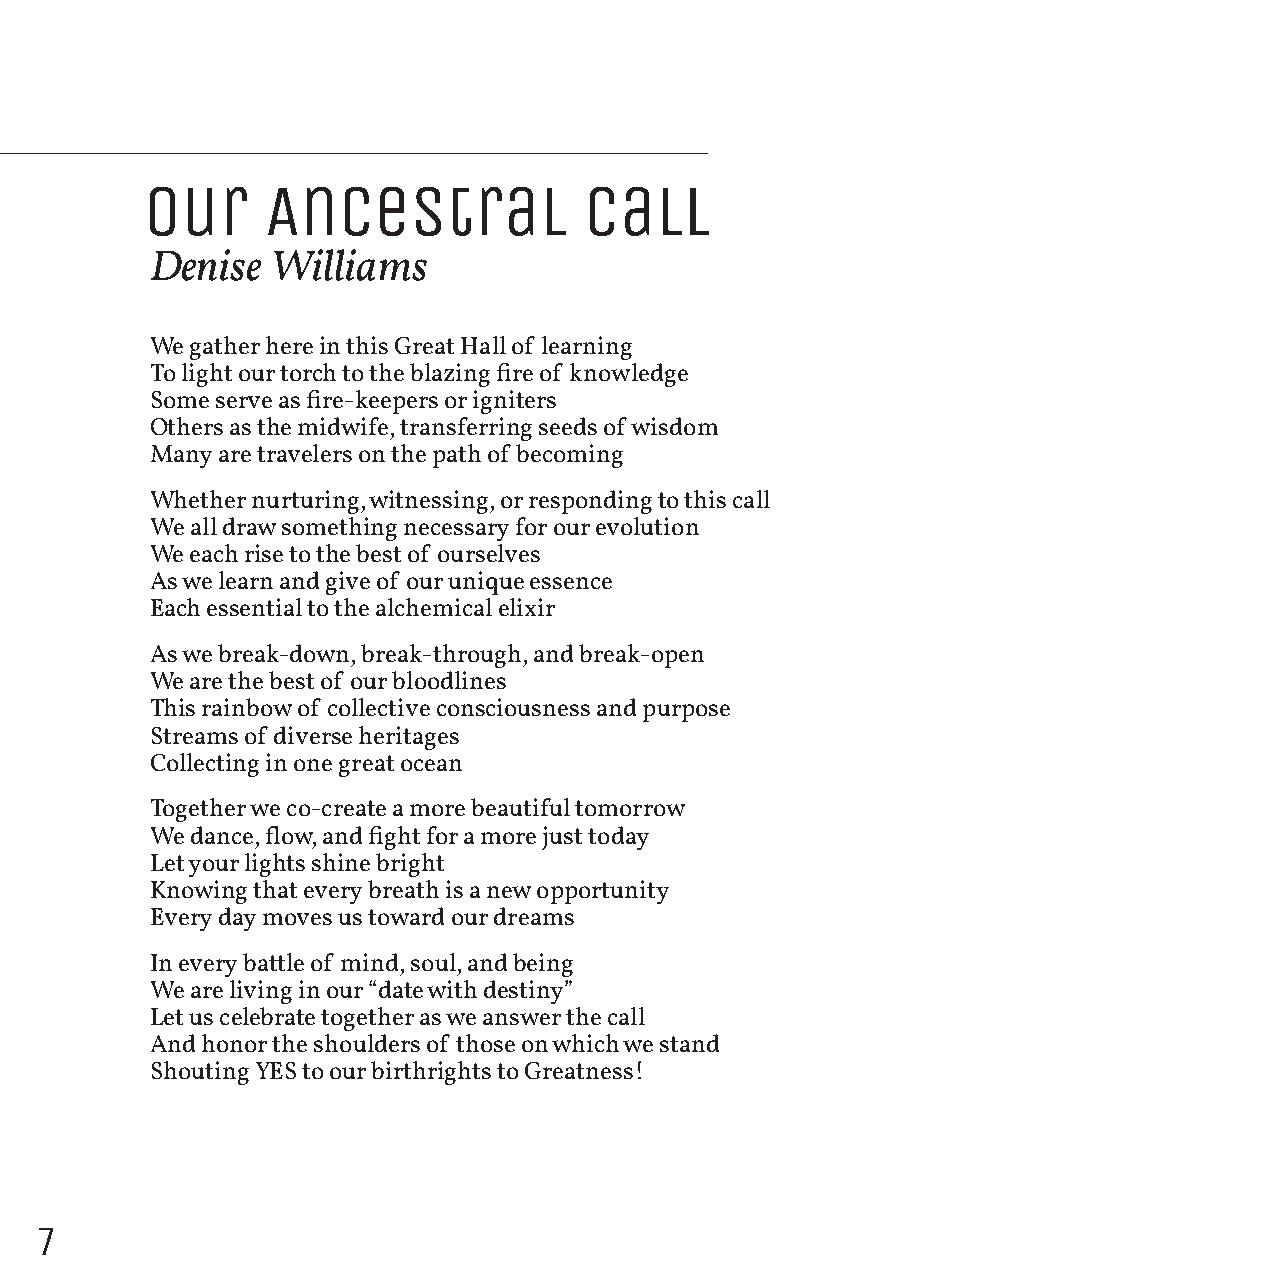
Our     Ancestral            Call
 Denise  Williams
 We gather here in this Great Hall of learning
 To light our torch to the blazing fire of knowledge
 Some serve as fire-keepers or igniters
 Others as the midwife, transferring seeds of wisdom
 Many are travelers on the path of becoming
 Whether nurturing, witnessing, or responding to this call
 We all draw something necessary for our evolution
 We each rise to the best of ourselves
 As we learn and give of our unique essence
 Each essential to the alchemical elixir
 As we break-down, break-through, and break-open
 We are the best of our bloodlines
 This rainbow of collective consciousness and purpose
 Streams of diverse heritages
 Collecting in one great ocean
 Together we co-create a more beautiful tomorrow
 We dance, flow, and fight for a more just today
 Let your lights shine bright
 Knowing that every breath is a new opportunity
 Every day moves us toward our dreams
 In every battle of mind, soul, and being
 We are living in our “date with destiny”
 Let us celebrate together as we answer the call
 And honor the shoulders of those on which we stand
 Shouting YES to our birthrights to Greatness!
 7